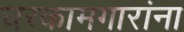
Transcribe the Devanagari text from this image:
घरकामगारांना